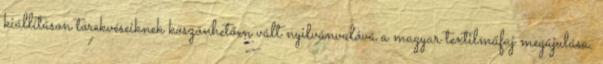
kiállításon törekvéseiknek köszönhetően vált nyilvánvalóvá a magyar textilműfaj megújulása.